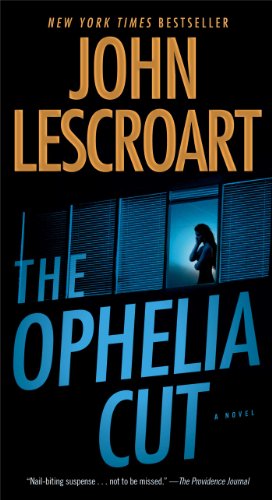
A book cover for The Ophelia Cut (Dismas Hardy); John Lescroart; Mystery, Thriller & Suspense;